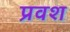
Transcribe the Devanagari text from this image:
प्रवश